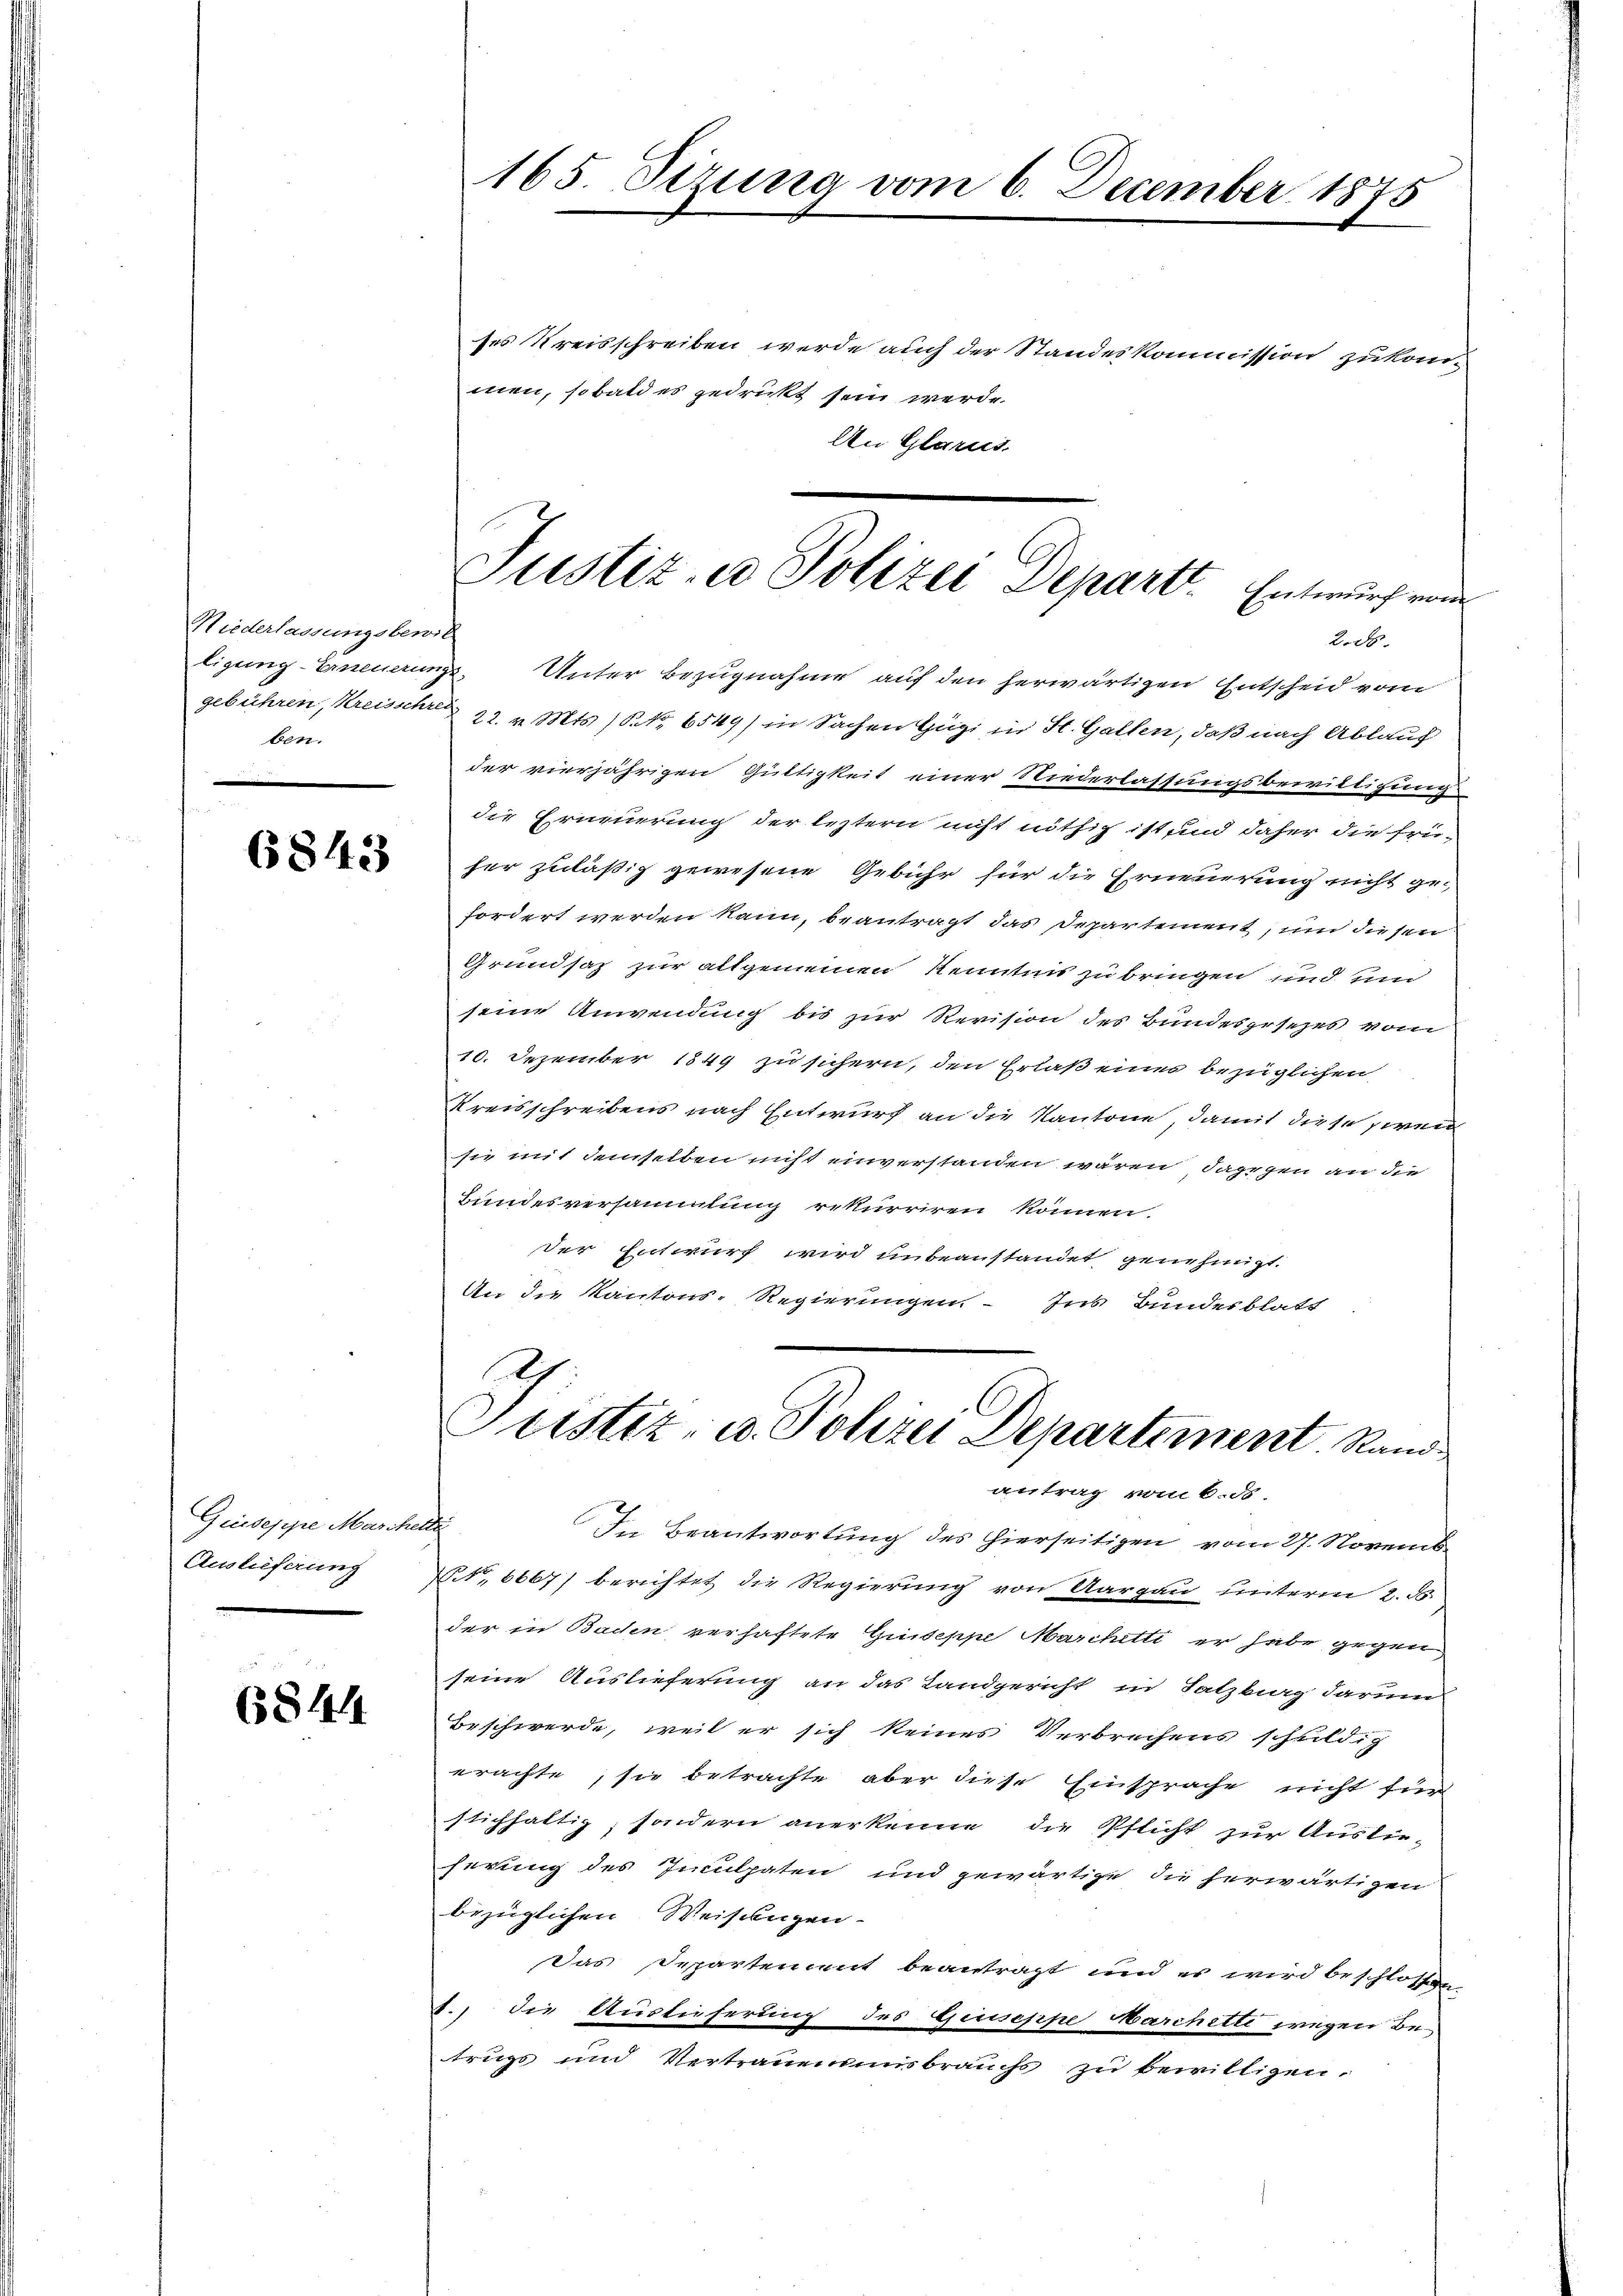
Niederlassungsbewil
ben.

6843

Guseppe Maschelle
Auslieferung

6844

165. Sizung vom 6. December 1875

ses Kreisschreiben werde auch der Standeskommission zukommen, sobald es gedrückt sein werde.
An Glarus.

Justiz- u Polizei Departt. Entwurf von
2.ds.

ligung-Erneuerungs. Unter Bezugnahme auf den herwärtigen Entscheid vom
gebühren, Kreisschen 22. v. Mts. 1 S. 6549) in Sachen Hägi in St. Gallen, daß nach Ablauf
der vierjährigen Gültigkeit einer Niederlassungsbewilligungs
die Erneuerung der leztern nicht nöthig ist sind daher die frü-
her zuläßig gewesene Gebühr für die Erneuerung nicht ge-
fordert werden kann, beantragt das Departement, um diesen
Grundsaz zur altgemeinen Kenntnis zu bringen und inn
seine Anwendung bis zur Revision des Bundesgesezes vom
10. Dezember 1849 zu sichern, den Erlaß eines bezüglichen
Kreisschreibens nach Entwurf an die Kantone, damit diese zwei
sie mit demselben nicht einverstanden wären, dagegen an die
Bundesversammlung rekurriren können.
Der Entwurf wird unbeanstandet genehmigt.
An die Kantons-Regierungen Ins Bundesblatt

2
Justiz- u. Polizei Departement. Rand
antrag vom 6. d.

In Beantwortung des hierseitigen vom 27. Novemb
71,6667) berichtet die Regierung von Aargau unterm 2. ds.
der in Bachen verhaftete Giuseppe Marchetti er habe gegen
seine Auslieferung an das Landgericht in Satzberg darum
Beschwerde, weil er sich keines Verbrechens schwildig
erachte, sie betrachte aber diese Einsprache nicht für
stichhaltig, sondern anerkenne die Pflicht zur Auslie-
herung des Inculpaten und gewärtige die herwärtigen
bezüglichen Weisungen.
Das Departement beantragt und es wird beschlossen,
3.) die Auslieferung des Giuseppe Marchetti wegen Be-
trugs und Vertrauensmisbrauchs zu bewilligen.